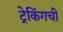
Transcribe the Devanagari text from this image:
ट्रेकिंगची